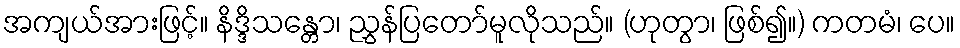
အကျယ်အားဖြင့်။ နိဒ္ဒိသန္တော၊ ညွှန်ပြတော်မူလိုသည်။ (ဟုတွာ၊ ဖြစ်၍။) ကတမံ၊ ပေ။